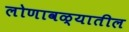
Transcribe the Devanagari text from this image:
लोणावळ्यातील